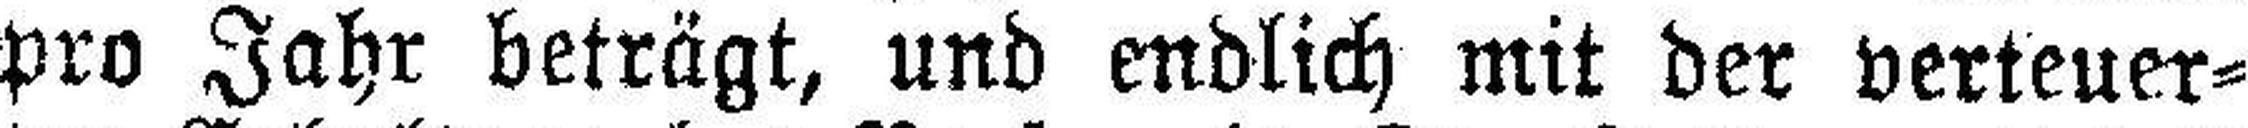
pro Jahr beträgt, und endlich mit der verteuer¬